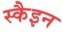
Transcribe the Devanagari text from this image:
स्कैइन